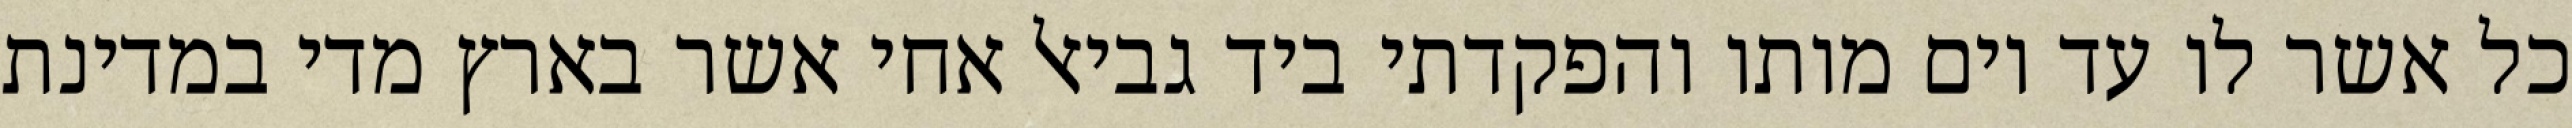
כל אשר לו עד יום מותו והפקדתי ביד גביאל אחי אשר בארץ מדי במדינת